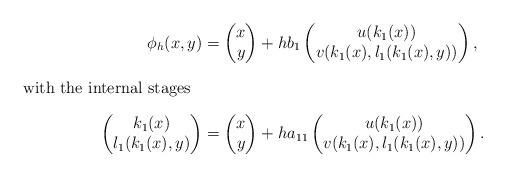
LaTeX: \begin{align*}\phi_h(x,y) &= \begin{pmatrix} x \\ y \end{pmatrix} + hb_1\begin{pmatrix}u(k_1(x)) \\ v(k_1(x),l_1(k_1(x),y)) \end{pmatrix},\\\intertext{with the internal stages}\begin{pmatrix} k_1(x) \\ l_1(k_1(x),y) \end{pmatrix} &= \begin{pmatrix}x \\ y \end{pmatrix}+ ha_{11}\begin{pmatrix} u(k_1(x)) \\ v(k_1(x),l_1(k_1(x),y)) \end{pmatrix}.\end{align*}